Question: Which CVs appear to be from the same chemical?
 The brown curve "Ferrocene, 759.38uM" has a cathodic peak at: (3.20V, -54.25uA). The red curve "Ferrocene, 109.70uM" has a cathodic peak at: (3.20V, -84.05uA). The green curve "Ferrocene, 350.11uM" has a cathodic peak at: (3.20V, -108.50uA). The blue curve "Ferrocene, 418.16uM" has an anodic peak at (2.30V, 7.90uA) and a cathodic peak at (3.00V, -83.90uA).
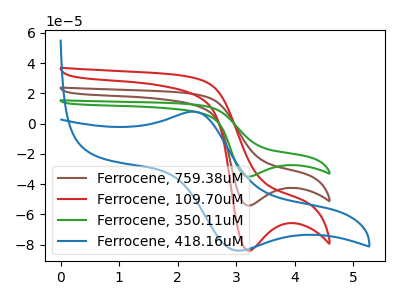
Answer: <think>All the peaks in "Ferrocene, 759.38uM" have a peak in "Ferrocene, 109.70uM" at the same potential. Every peak in "Ferrocene, 759.38uM" is lower than every peak in "Ferrocene, 109.70uM". All the peaks in "Ferrocene, 759.38uM" have a peak in "Ferrocene, 350.11uM" at the same potential. Every peak in "Ferrocene, 759.38uM" is lower than every peak in "Ferrocene, 350.11uM". "Ferrocene, 759.38uM" and "Ferrocene, 418.16uM" have a different number of peaks. All the peaks in "Ferrocene, 109.70uM" have a peak in "Ferrocene, 350.11uM" at the same potential. Every peak in "Ferrocene, 109.70uM" is lower than every peak in "Ferrocene, 350.11uM". "Ferrocene, 109.70uM" and "Ferrocene, 418.16uM" have a different number of peaks. "Ferrocene, 350.11uM" and "Ferrocene, 418.16uM" have a different number of peaks.
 </think>
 <answer>"Ferrocene, 109.70uM", "Ferrocene, 759.38uM" and "Ferrocene, 350.11uM" have the same shape and are likely CV's of the same chemical.</answer>
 <eval>"Ferrocene, 109.70uM" "Ferrocene, 759.38uM" "Ferrocene, 350.11uM"</eval>